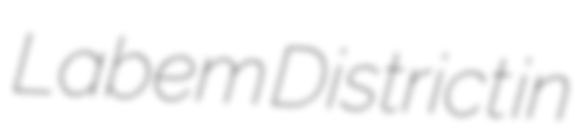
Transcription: Labem District in